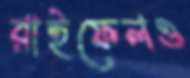
রাইফেলও